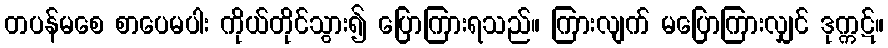
တပန်မစေ စာပေမပါး ကိုယ်တိုင်သွား၍ ပြောကြားရသည်။ ကြားလျက် မပြောကြားလျှင် ဒုက္ကဋ်။